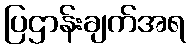
ပြဌာန်းချက်အရ